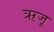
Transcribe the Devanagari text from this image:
ऋजू